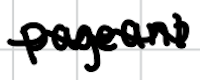
Text: pageant
Cross-out: wave
Writing tool: digital_black